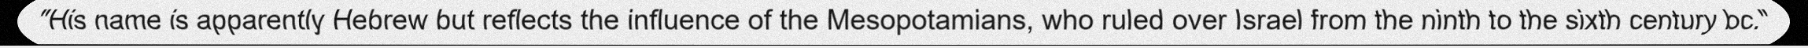
"His name is apparently Hebrew but reflects the influence of the Mesopotamians, who ruled over Israel from the ninth to the sixth century bc."